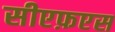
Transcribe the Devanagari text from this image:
सीएफ़एस